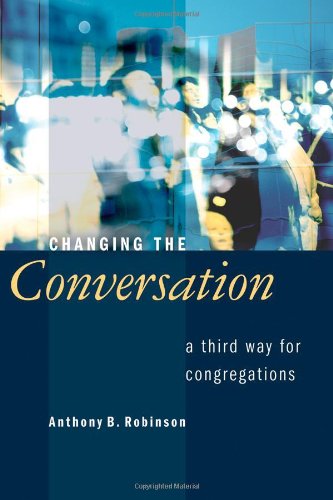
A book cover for Changing the Conversation: A Third Way for Congregations; Anthony B. Robinson; Christian Books & Bibles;